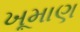
ખૂમાણ